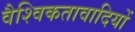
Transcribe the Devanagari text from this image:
वैश्विकतावादियों